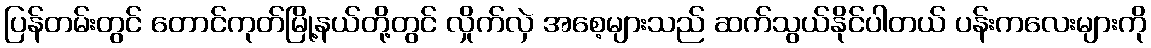
ပြန်တမ်းတွင် တောင်ကုတ်မြို့နယ်တို့တွင် လှိုက်လှဲ အစေ့များသည် ဆက်သွယ်နိုင်ပါတယ် ပန်းကလေးများကို